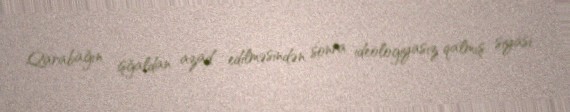
Qarabağın işğaldan azad edilməsindən sonra ideologiyasız qalmış siyasi